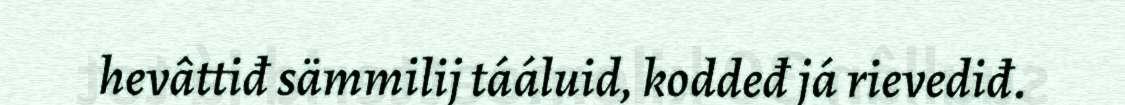
hevâttiđ sämmilij tááluid, koddeđ já rievediđ.